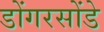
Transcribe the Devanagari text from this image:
डोंगरसोंडे